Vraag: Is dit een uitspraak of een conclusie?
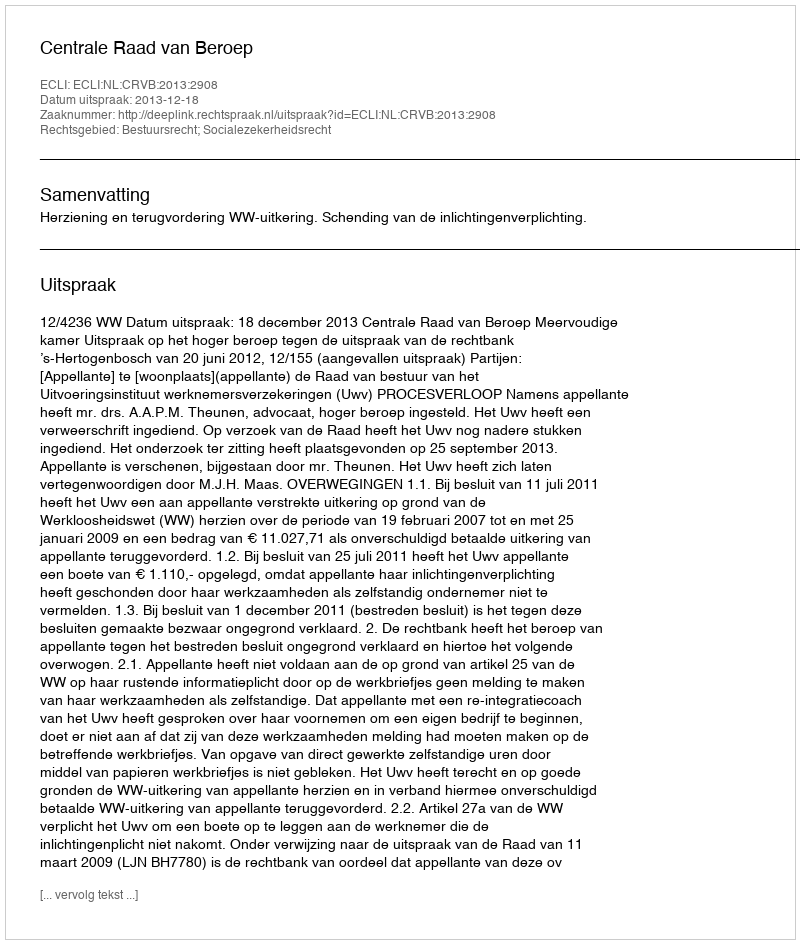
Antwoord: Uitspraak